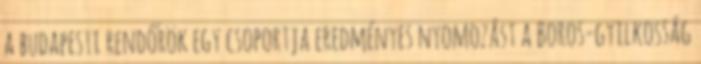
a budapesti rendőrök egy csoportja eredményes nyomozást a Boros-gyilkosság